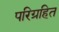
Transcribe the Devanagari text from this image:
परिग्रहित